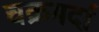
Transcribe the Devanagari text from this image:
चक्रमर्दा